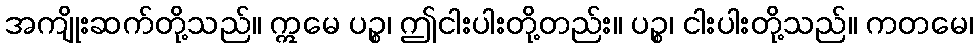
အကျိုးဆက်တို့သည်။ ဣမေ ပဉ္စ၊ ဤငါးပါးတို့တည်း။ ပဉ္စ၊ ငါးပါးတို့သည်။ ကတမေ၊